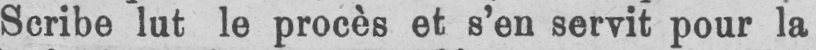
Scribe lut le procès et s’en servit pour la